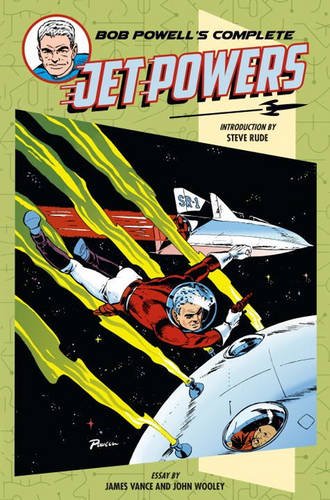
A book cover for Bob Powell's Complete Jet Powers; Bob Powell; Comics & Graphic Novels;